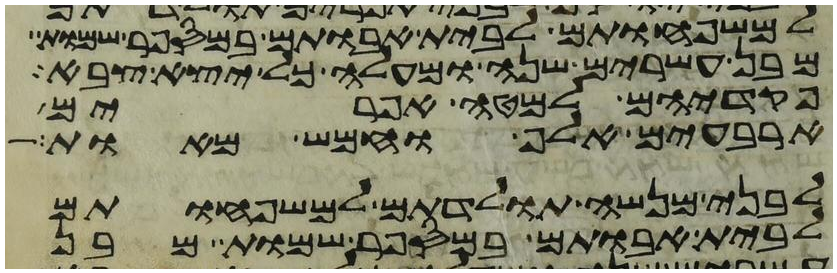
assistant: למשפחותם לבית אבותם במספר שמות
מבן עשרים שנה ומעלה כל יצא צבא
פקדיהם למטה אפרים
ארבעים אלף וחמש מאות
לבני מנשה תולדתם למשפחותם
לבית אבותם במספר שמות מבן